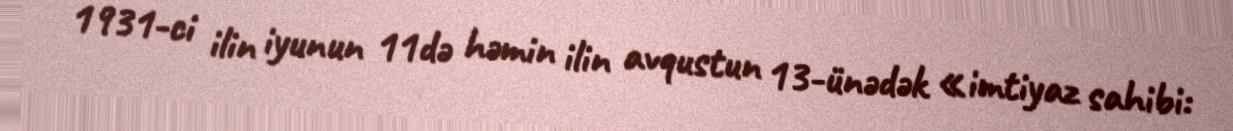
1931-ci ilin iyunun 11də həmin ilin avqustun 13-ünədək «imtiyaz sahibi: